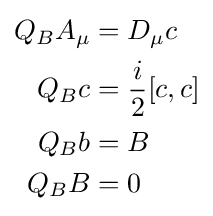
{\begin{aligned}Q_{B}A_{\mu }&=D_{\mu }c\\Q_{B}c&={i \over 2}[c,c]\\Q_{B}b&=B\\Q_{B}B&=0\end{aligned}}